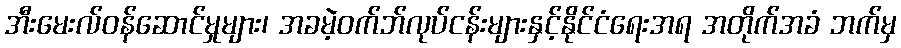
အီးမေးလ်ဝန်ဆောင်မှုများ၊ အခမဲ့ဝက်ဘ်လုပ်ငန်းများနှင့်နိုင်ငံရေးအရ အတိုက်အခံ ဘက်မှ